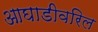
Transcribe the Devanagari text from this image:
आघाडीवरिल